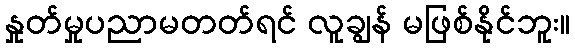
နှုတ်မှုပညာမတတ်ရင် လူချွန် မဖြစ်နိုင်ဘူး။